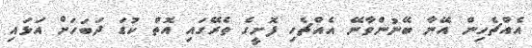
އެއްޗެހިން އޭނާ ބޭނުންވާނޭ އެއްޗެހި ފޮށީގެ ތެރޭގައި އޮތް ކުޑަ ދަބަހަށް އަޅައި